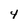
Character: 4